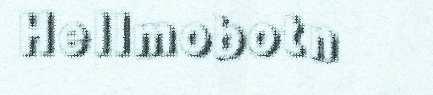
Hellmobotn